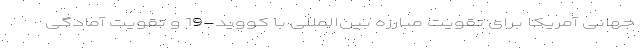
جهانی آمریکا برای تقویت مبارزه بین‌المللی با کووید-19 و تقویت آمادگی